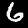
Digit: 6